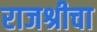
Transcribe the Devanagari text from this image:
राजश्रीचा